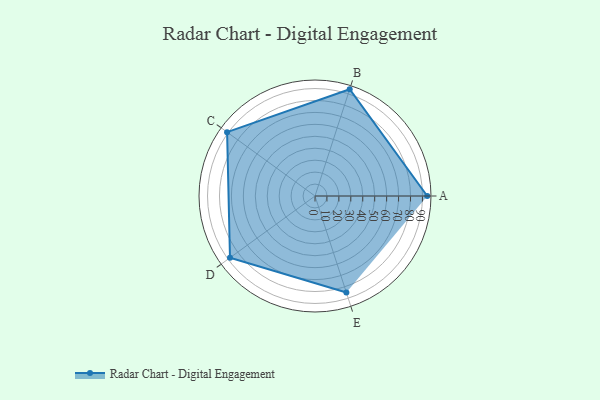
{"axis": {"x": "Skill", "y": "Score"}, "legend": ["Profile"], "data": [{"x": "A", "y": 94.0, "type": "Profile"}, {"x": "B", "y": 94.0, "type": "Profile"}, {"x": "C", "y": 91.0, "type": "Profile"}, {"x": "D", "y": 88.0, "type": "Profile"}, {"x": "E", "y": 85.0, "type": "Profile"}]}